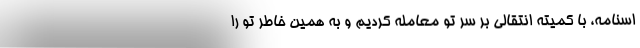
اسنامه، با کمیته انتقالی بر سر تو معامله کردیم و به همین خاطر تو را